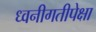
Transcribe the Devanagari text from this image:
ध्वनीगतीपेक्षा